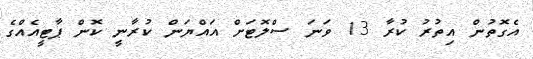
އެގޮތުން އިތުރު ކުރާ 13 ވަނަ ސްލޮޓަށް އައްޔަން ކުރާނީ ކޮން ޕާޓީއެއްގެ